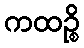
ကထဉ္စိ